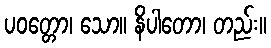
ပဝတ္တော၊ သော။ နိပါတော၊ တည်း။